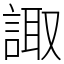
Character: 諏